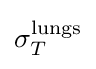
\sigma _{T}^{\text{lungs}}